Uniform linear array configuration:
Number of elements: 32
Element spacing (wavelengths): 1
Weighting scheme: blackman
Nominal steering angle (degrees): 0
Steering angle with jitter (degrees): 1.979
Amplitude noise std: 0.05
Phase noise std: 0.05

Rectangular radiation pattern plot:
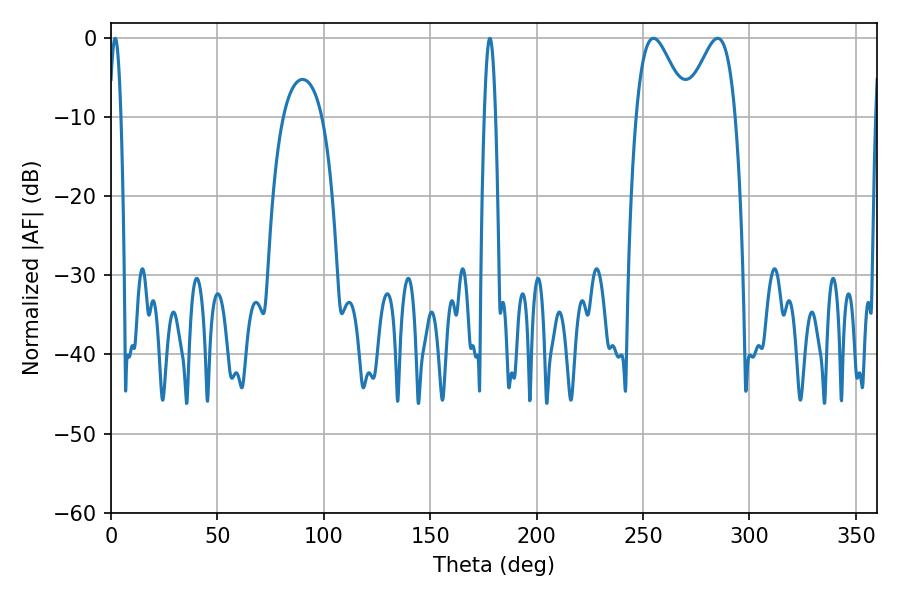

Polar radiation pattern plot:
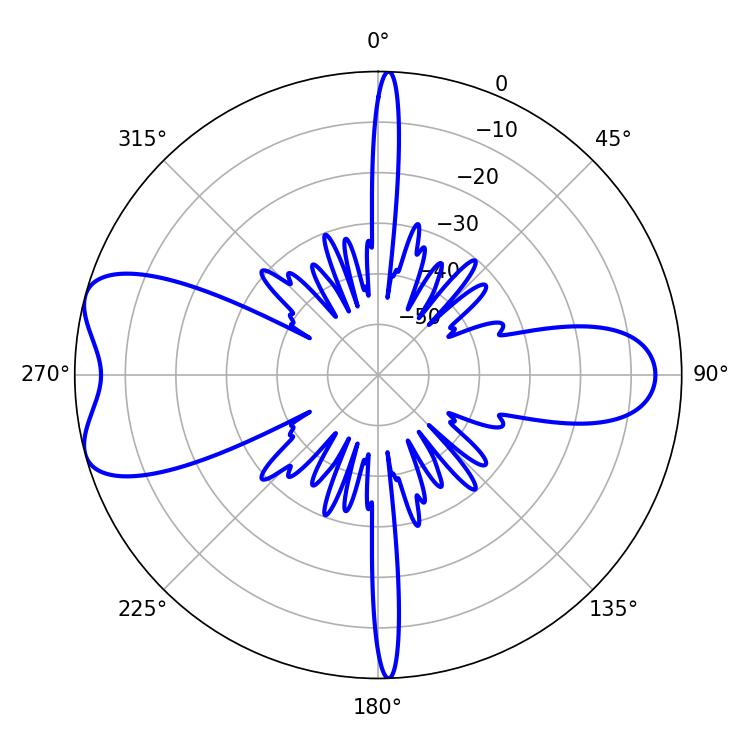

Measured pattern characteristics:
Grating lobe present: TRUE
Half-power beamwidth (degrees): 2.88
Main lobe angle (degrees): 1.98